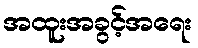
အထူးအခွင့်အရေး